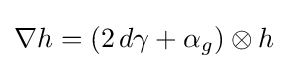
{\textstyle \nabla h=(2\,d\gamma +\alpha _{g})\otimes h}